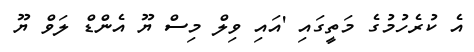
އެ ކުރެހުމުގެ މަތީގައި 'އައި ވިލް މިސް ޔޫ އެންޑް ލަވް ޔޫ